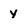
Character: y